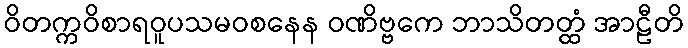
ဝိတက္ကဝိစာရဝူပသမဝစနေန ဝဏိဗ္ဗကေ ဘာသိတတ္ထံ အာဠီတိ